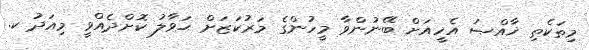
މިތަކެތި ޚާއްޞަ އެހީއަށް ބޭނުންވާ މީހުންގެ މަރުކަޒަށް ޙަވާލު ކޮށްދެއްވީ މިއަދު ކ.